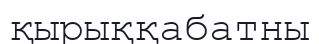
қырыққабатны